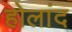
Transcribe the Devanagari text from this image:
होलांद